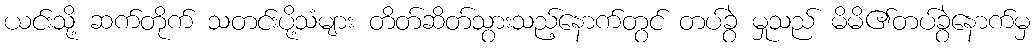
ယင်းသို့ ဆက်တိုက် သတင်းပို့သံများ တိတ်ဆိတ်သွားသည့်နောက်တွင် တပ်ခွဲ မှုသည် မိမိ၏တပ်ခွဲနောက်မှ